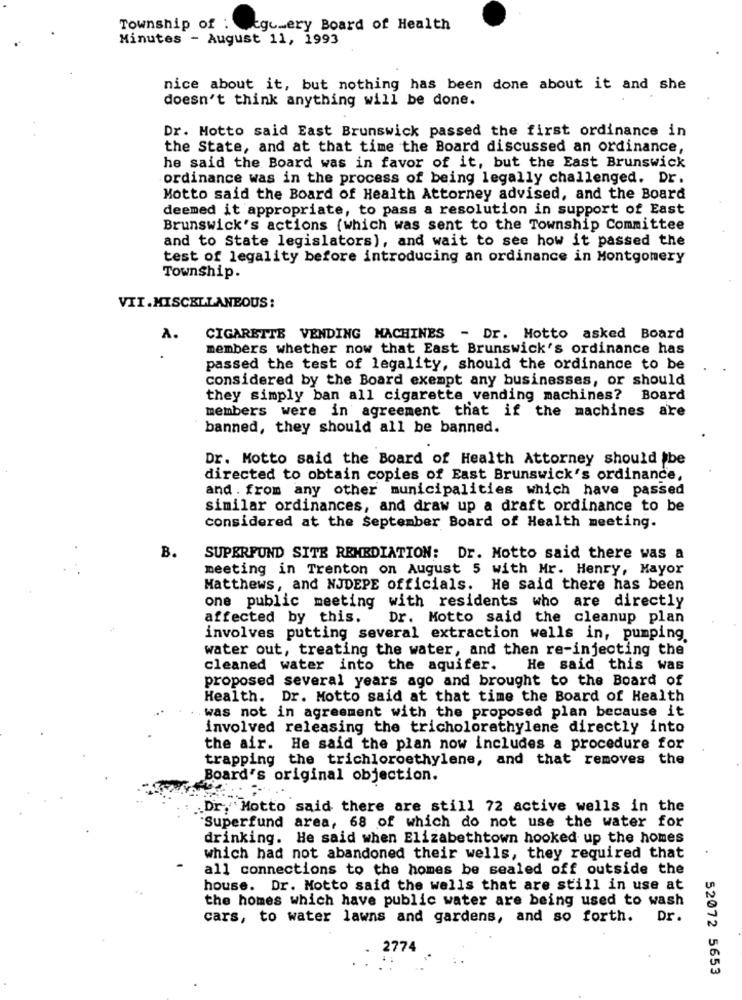
Township of :
tgc_ery Board of Health
Minutes - August 11, 1993
nice about it, but nothing has been done about it and she
doesn't think anything will be done.
Dr. Motto said East Brunswick passed the first ordinance in
the State, and at that time the Board discussed an ordinance,
he said the Board was in favor of it, but the East Brunswick
ordinance was in the process of being legally challenged. Dr.
Motto said the Board of Health Attorney advised, and the Board
deemed it appropriate, to pass a resolution in support of East
Brunswick's actions (which was sent to the Township Committee
and to State legislators), and wait to see how it passed the
test of legality before introducing an ordinance in Montgomery
Township.
VII.MISCELLANEOUS:
A.
CIGARETTE VENDING MACHINES - Dr. Motto asked Board
members whether now that East Brunswick's ordinance has
passed the test of legality, should the ordinance to be
considered by the Board exempt any businesses, or should
they simply ban all cigarette vending machines? Board
members were in agreement that if the machines are
banned, they should all be banned.
Dr. Motto said the Board of Health Attorney should be
directed to obtain copies of East Brunswick's ordinance,
and . from any other municipalities which have passed
similar ordinances, and draw up a draft ordinance to be
considered at the September Board of Health meeting.
B.
SUPERFUND SITE REMEDIATION: Dr. Motto said there was a
meeting in Trenton on August 5 with Mr. Henry, Mayor
Matthews, and NJDEPE officials. He said there has been
one public meeting with residents who are directly
affected by this.
Dr. Motto said the cleanup plan
involves putting several extraction wells in, pumping.
water out, treating the water, and then re-injecting the
cleaned water into the aquifer. He said this was
proposed several years ago and brought to the Board of
Health. Dr. Motto said at that time the Board of Health
was not in agreement with the proposed plan because it
involved releasing the tricholorethylene directly into
the air. He said the plan now includes a procedure for
trapping the trichloroethylene, and that removes the
Board's original objection.
.Dr, Motto said there are still 72 active wells in the
"Superfund area, 68 of which do not use the water for
drinking. He said when Elizabethtown hooked up the homes
which had not abandoned their wells, they required that
all connections to the homes be sealed off outside the
house. Dr. Motto said the walls that are still in use at
the homes which have public water are being used to wash
cars, to water lawns and gardens, and so forth.
Dr.
2774
52072 5653